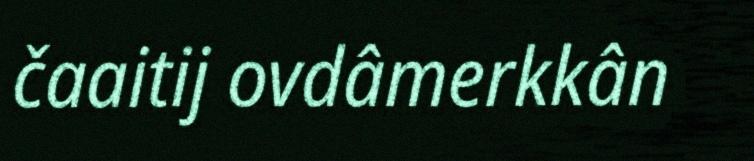
čaaitij ovdâmerkkân